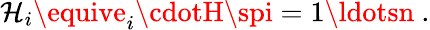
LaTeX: \mathcal{H}_{i}\equive_{i}\cdotH\spi=1\ldotsn\ .